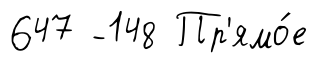
647 -148 Пр'ямо́е